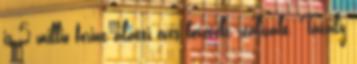
is 5 millió forint alatti éves bevételt realizált. Tavaly